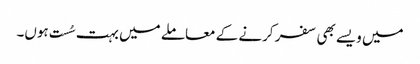
میں ویسے بھی سفر کرنے کے معاملے میں بہت سُست ہوں۔